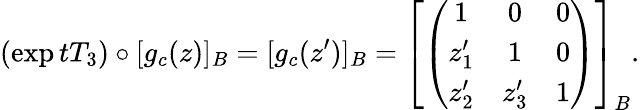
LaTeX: (\exp tT_{3})\circ[g_{c}(z)]_{B}=[g_{c}(z^{\prime})]_{B}=\left[\left(\begin{array}{ccc}{{1}}&{{0}}&{{0}}\\ {{z_{1}^{\prime}}}&{{1}}&{{0}}\\ {{z_{2}^{\prime}}}&{{z_{3}^{\prime}}}&{{1}}\end{array}\right)\right]_{B}.